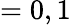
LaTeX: =0,1